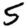
Digit: 5